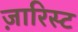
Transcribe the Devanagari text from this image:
ज़ारिस्ट